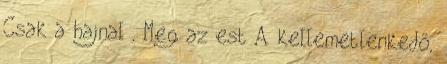
Csak a hajnal , Meg az est A kellemetlenkedő,